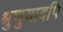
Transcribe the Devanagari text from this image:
श्रुणुयादपि